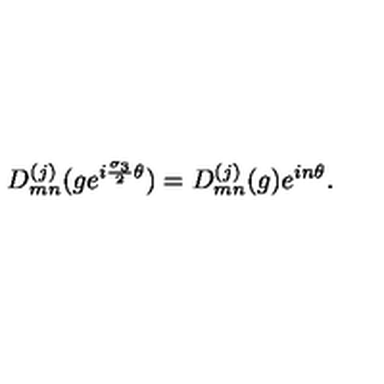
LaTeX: D _ { m n } ^ { ( j ) } ( g e ^ { i { \frac { { \sigma } _ { 3 } } { 2 } } { \theta } } ) = D _ { m n } ^ { ( j ) } ( g ) e ^ { i n { \theta } } .